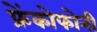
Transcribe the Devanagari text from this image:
फ्रेंकोफोनी